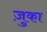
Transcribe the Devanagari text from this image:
ज़ुका